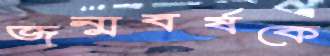
জন্মবর্ষকে